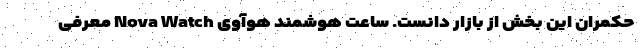
حکمران این بخش از بازار دانست. ساعت هوشمند هوآوی Nova Watch معرفی